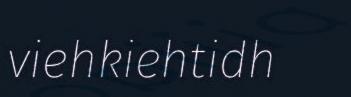
viehkiehtidh